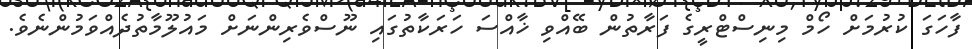
ފާހަގަ ކުރުމަށް ހޯމް މިނިސްޓްރީގެ ފަރާތުން ބޭއްވި ޚާއްސަ ހަރަކާތުގައި ނޫސްވެރިންނަށް މައުލޫމާތުދެެއްވަމުންނެވެ.